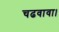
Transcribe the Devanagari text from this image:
चढवावा।